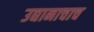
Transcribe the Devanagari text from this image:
उद्यानाचाच